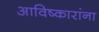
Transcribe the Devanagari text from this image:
आविष्कारांना